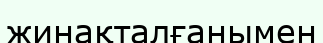
жинақталғанымен